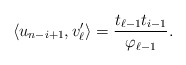
\begin{align*}\left<u_{n-i+1},v_\ell^\prime\right>=\frac{t_{\ell-1}t_{i-1}}{\varphi_{\ell-1}}.\end{align*}